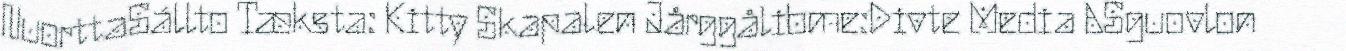
NuorttaSállto Tæksta: Kitty Skapalen Jårggålibme:Divte Media ASguovlon